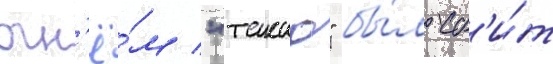
огн'ё́м "такао" бы́л сб'и́т